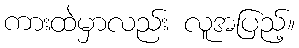
ကားထဲမှာလည်း လူအပြည့်။